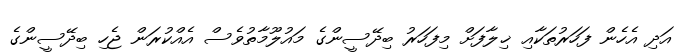
އަދި އެހެން ފަހަރުތަކާއި ޚިލާފަށް މިފަހަރު ބިދޭސީންގެ މައުލޫމާތުވެސް އެއްކުރަން ޖެހި ބިދޭސީންގެ